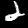
Digit: 2